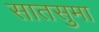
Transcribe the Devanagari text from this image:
सातसुमा